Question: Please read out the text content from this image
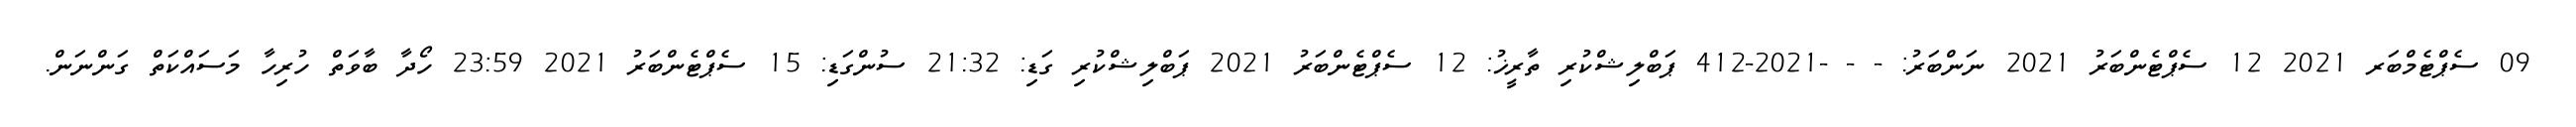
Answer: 09 ސެޕްޓެމްބަރ 2021 12 ސެޕްޓެންބަރު 2021 ނަންބަރު: - - -2021-412 ޕަބްލިޝްކުރި ތާރީޚު: 12 ސެޕްޓެންބަރު 2021 ޕަބްލިޝްކުރި ގަޑި: 21:32 ސުންގަޑި: 15 ސެޕްޓެންބަރު 2021 23:59 ހޯދާ ބާވަތް ހުރިހާ މަސައްކަތް ގަންނަން.